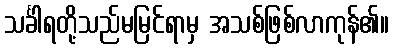
သင်္ခါရတို့သည်မမြင်ရာမှ အသစ်ဖြစ်လာကုန်၏။